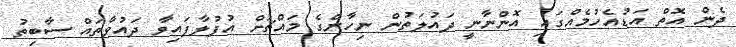
ދެން އޮތް އަޑުއެހުމެއްގައި އޮންނާނީ ދައުލަަތުން ނިހާންގެ މައްޗަށް އުފުލާފައިވާ ދައުވާތައް ސާބިތު